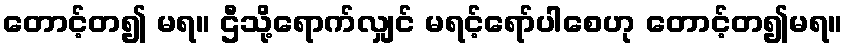
တောင့်တ၍ မရ။ ဌီသို့ရောက်လျှင် မရင့်ရော်ပါစေဟု တောင့်တ၍မရ။